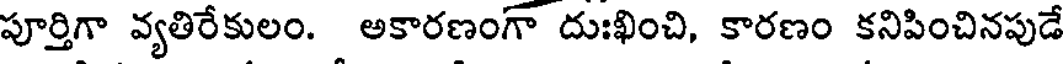
పూర్తిగా వ్యతిరేకులం. అకారణంగా దుఃఖించి, కారణం కనిపించినపుడే